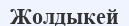
Жолдыкей